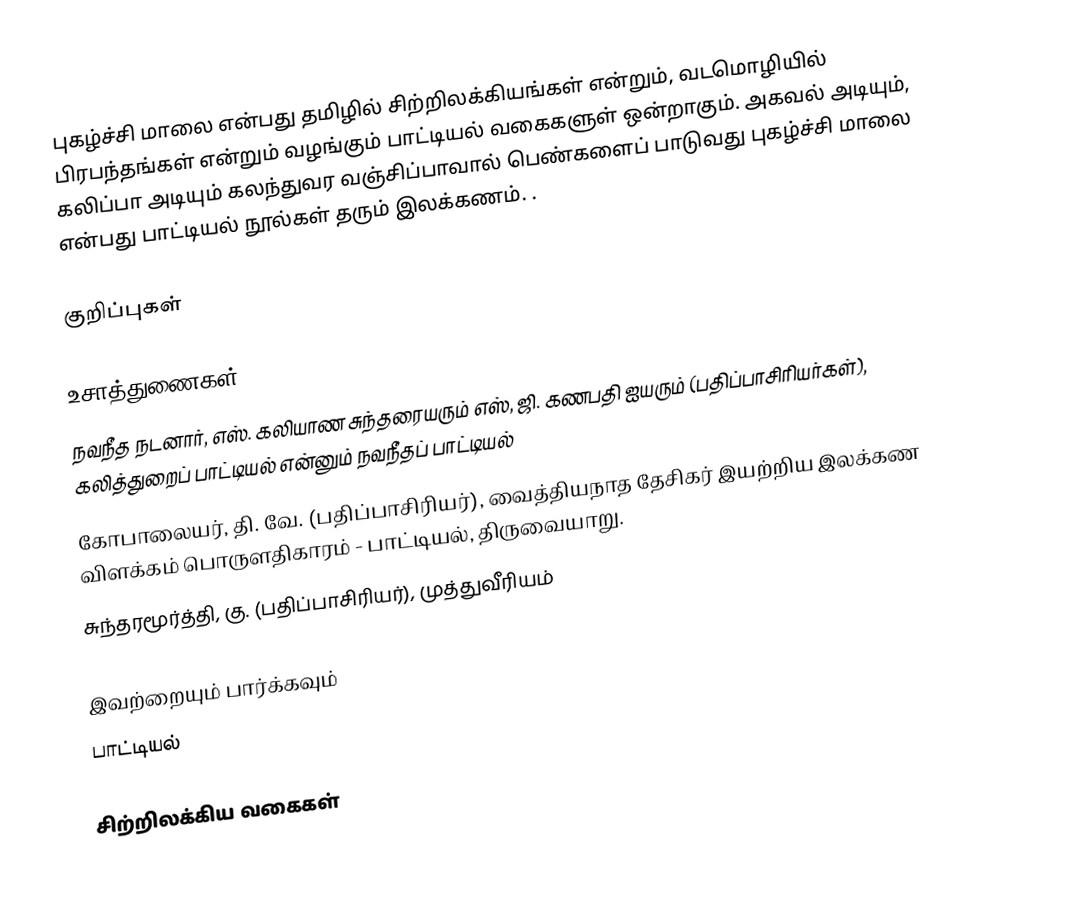
புகழ்ச்சி மாலை என்பது தமிழில் சிற்றிலக்கியங்கள் என்றும், வடமொழியில் பிரபந்தங்கள் என்றும் வழங்கும் பாட்டியல் வகைகளுள் ஒன்றாகும். அகவல் அடியும், கலிப்பா அடியும் கலந்துவர வஞ்சிப்பாவால் பெண்களைப் பாடுவது புகழ்ச்சி மாலை என்பது பாட்டியல் நூல்கள் தரும் இலக்கணம். .

குறிப்புகள்

உசாத்துணைகள்
 நவநீத நடனார், எஸ். கலியாண சுந்தரையரும் எஸ், ஜி. கணபதி ஐயரும் (பதிப்பாசிரியர்கள்), கலித்துறைப் பாட்டியல் என்னும் நவநீதப் பாட்டியல்
 கோபாலையர், தி. வே. (பதிப்பாசிரியர்), வைத்தியநாத தேசிகர் இயற்றிய இலக்கண விளக்கம் பொருளதிகாரம் - பாட்டியல், திருவையாறு.
 சுந்தரமூர்த்தி, கு. (பதிப்பாசிரியர்), முத்துவீரியம்

இவற்றையும் பார்க்கவும்
 பாட்டியல்

சிற்றிலக்கிய வகைகள்